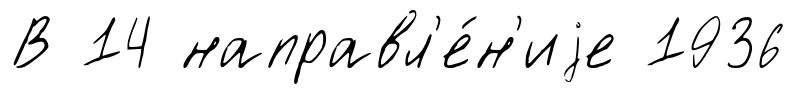
В 14 направл'е́н'иjе 1936